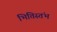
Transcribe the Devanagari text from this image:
भित्तिस्तंभ